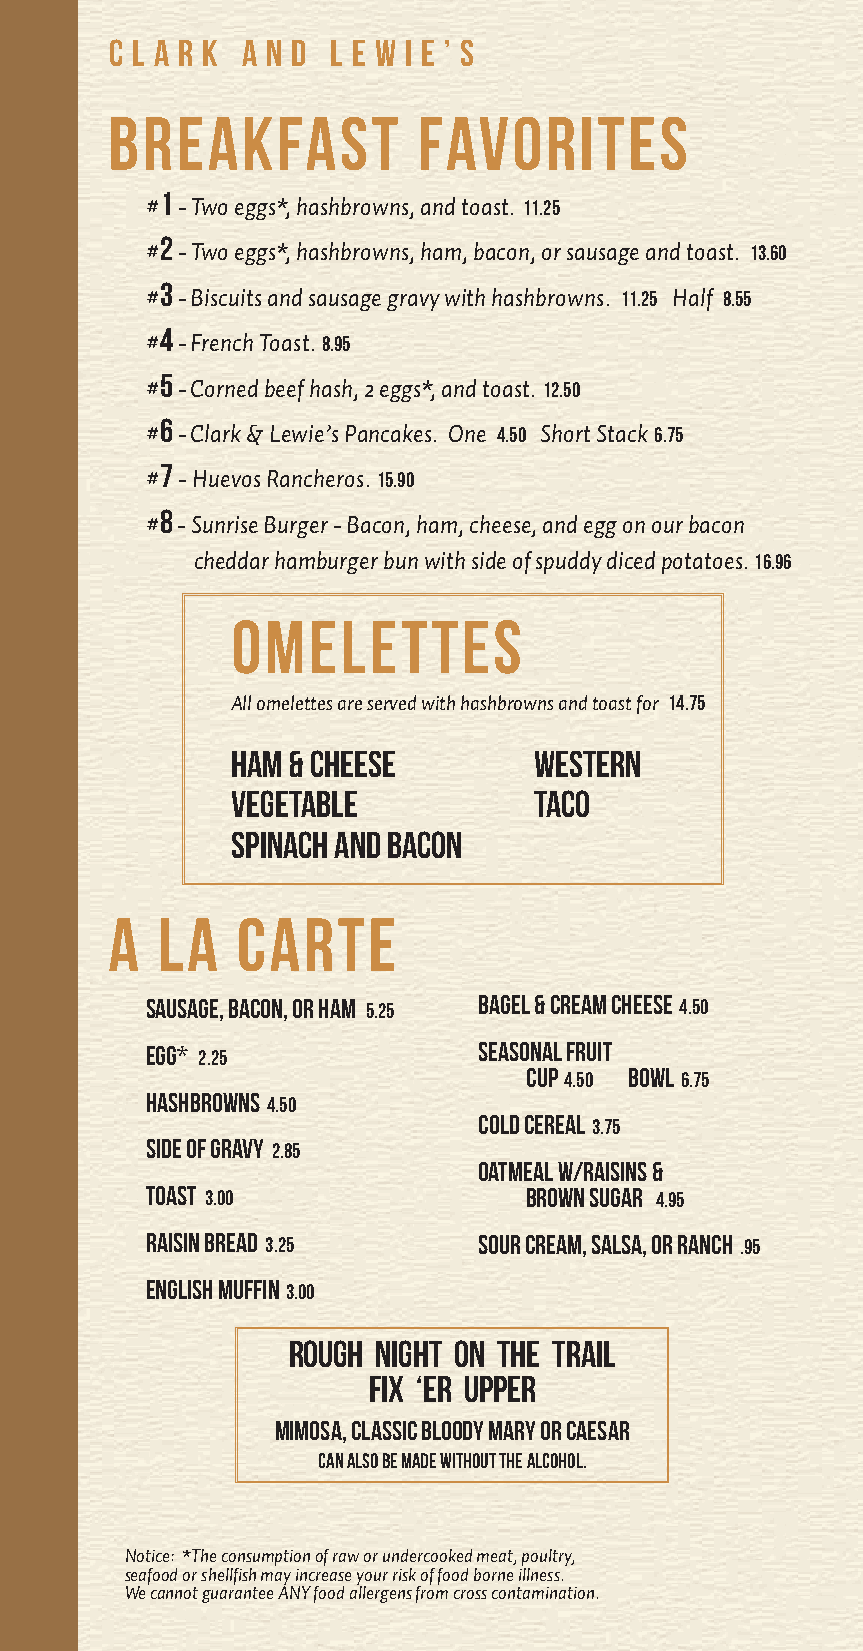
C l a r k a n d L e w i e ’ s
 Breakfast            Favorites
 1
 # - Two eggs*, hashbrowns, and toast. 11.25
 2
 # - Two eggs*, hashbrowns, ham, bacon, or sausage and toast. 13.60
 3
 # - Biscuits and sausage gravy with hashbrowns. 11.25 Half 8.55
 4
 # - French Toast. 8.95
 5
 # - Corned beef hash, 2 eggs*, and toast. 12.50
 6
 # - Clark & Lewie’s Pancakes. One 4.50 Short Stack 6.75
 7
 # - Huevos Rancheros. 15.90
 8
 # - Sunrise Burger - Bacon, ham, cheese, and egg on our bacon
 cheddar hamburger bun with side of spuddy diced potatoes. 16.96
 Omelettes
 All omelettes are served with hashbrowns and toast for 14.75
 Ham & Cheese        Western
 Vegetable           Taco
 Spinach and Bacon
 A  la    Carte
 Sausage, Bacon, or Ham 5.25 Bagel & Cream Cheese 4.50
 Egg* 2.25             Seasonal Fruit
 Cup 4.50 Bowl 6.75
 Hashbrowns 4.50
 Cold Cereal 3.75
 Side of Gravy 2.85
 Oatmeal w/Raisins &
 Toast 3.00               Brown Sugar 4.95
 Raisin Bread 3.25     Sour Cream, Salsa, or Ranch .95
 English Muffin 3.00
 Rough Night on the Trail
 Fix ‘er Upper
 Mimosa, Classic Bloody Mary or Caesar
 Can also be made without the alcohol.
 Notice: *The consumption of raw or undercooked meat, poultry,
 seafood or shellfish may increase your risk of food borne illness.
 We cannot guarantee ANY food allergens from cross contamination.